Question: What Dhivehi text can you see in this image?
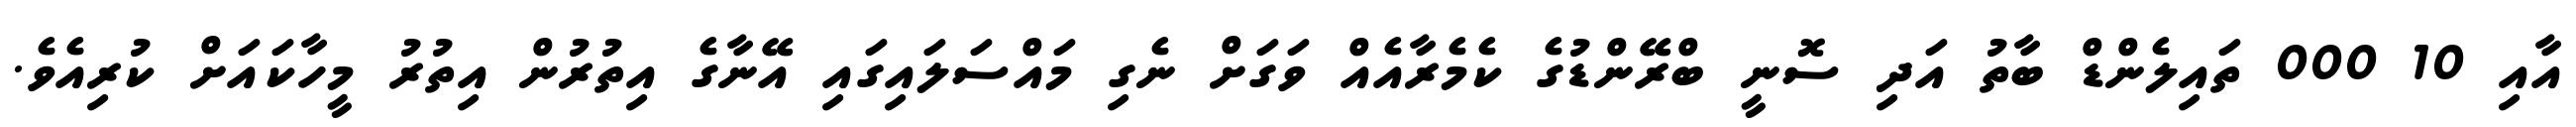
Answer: އާއި 10 000 ތައިލެންޑް ބާތު އަދި ސޮނީ ބްރޭންޑުގެ ކެމެރާއެއް ވަގަށް ނެގި މައްސަލައިގައި އޭނާގެ އިތުރުން އިތުރު މީހާކައަށް ކުރިއެވެ.